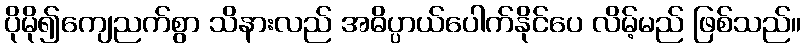
ပိုမို၍ကျေညက်စွာ သိနားလည် အဓိပ္ပာယ်ပေါက်နိုင်ပေ လိမ့်မည် ဖြစ်သည်။